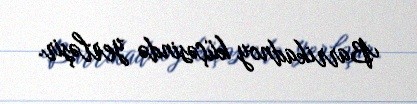
Barrikadnoy küçəsində yerləşir.